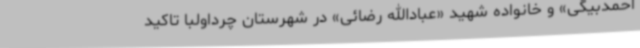
احمدبیگی» و خانواده شهید «عبادالله رضائی» در شهرستان چرداولبا تاکید